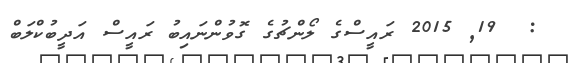
:  19